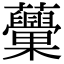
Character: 𧅾